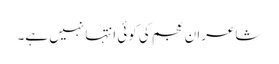
شاعرانِ عجم کی کوئی انتہا نہیں ہے۔